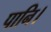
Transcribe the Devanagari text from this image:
पानि।